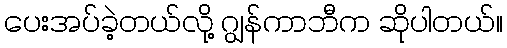
ပေးအပ်ခဲ့တယ်လို့ ဂျွန်ကာဘီက ဆိုပါတယ်။